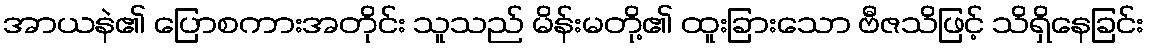
အာယနဲ၏ ပြောစကားအတိုင်း သူသည် မိန်းမတို့၏ ထူးခြားသော ဗီဇသိဖြင့် သိရှိနေခြင်း